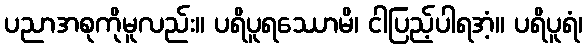
ပညာအစုကိုမူလည်း။ ပရိပူရဿောမိ၊ ငါပြည့်ပါရအံ့။ ပရိပူရံ၊